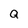
Character: a